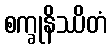
စက္ခုနိဿိတံ